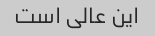
این عالی است